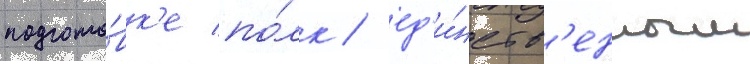
подгото́вк'е по́лк / ед'и́нств'енным